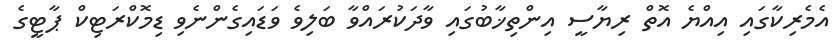
އެމެރިކާގައި އިއްޔެ އޮތް ރިޔާސީ އިންތިޚާބުގައި ވާދަކުރައްވާ ބަލިވެ ވަޑައިގެންނެވި ޑިމޮކްރަޓިކް ޕާޓީގެ